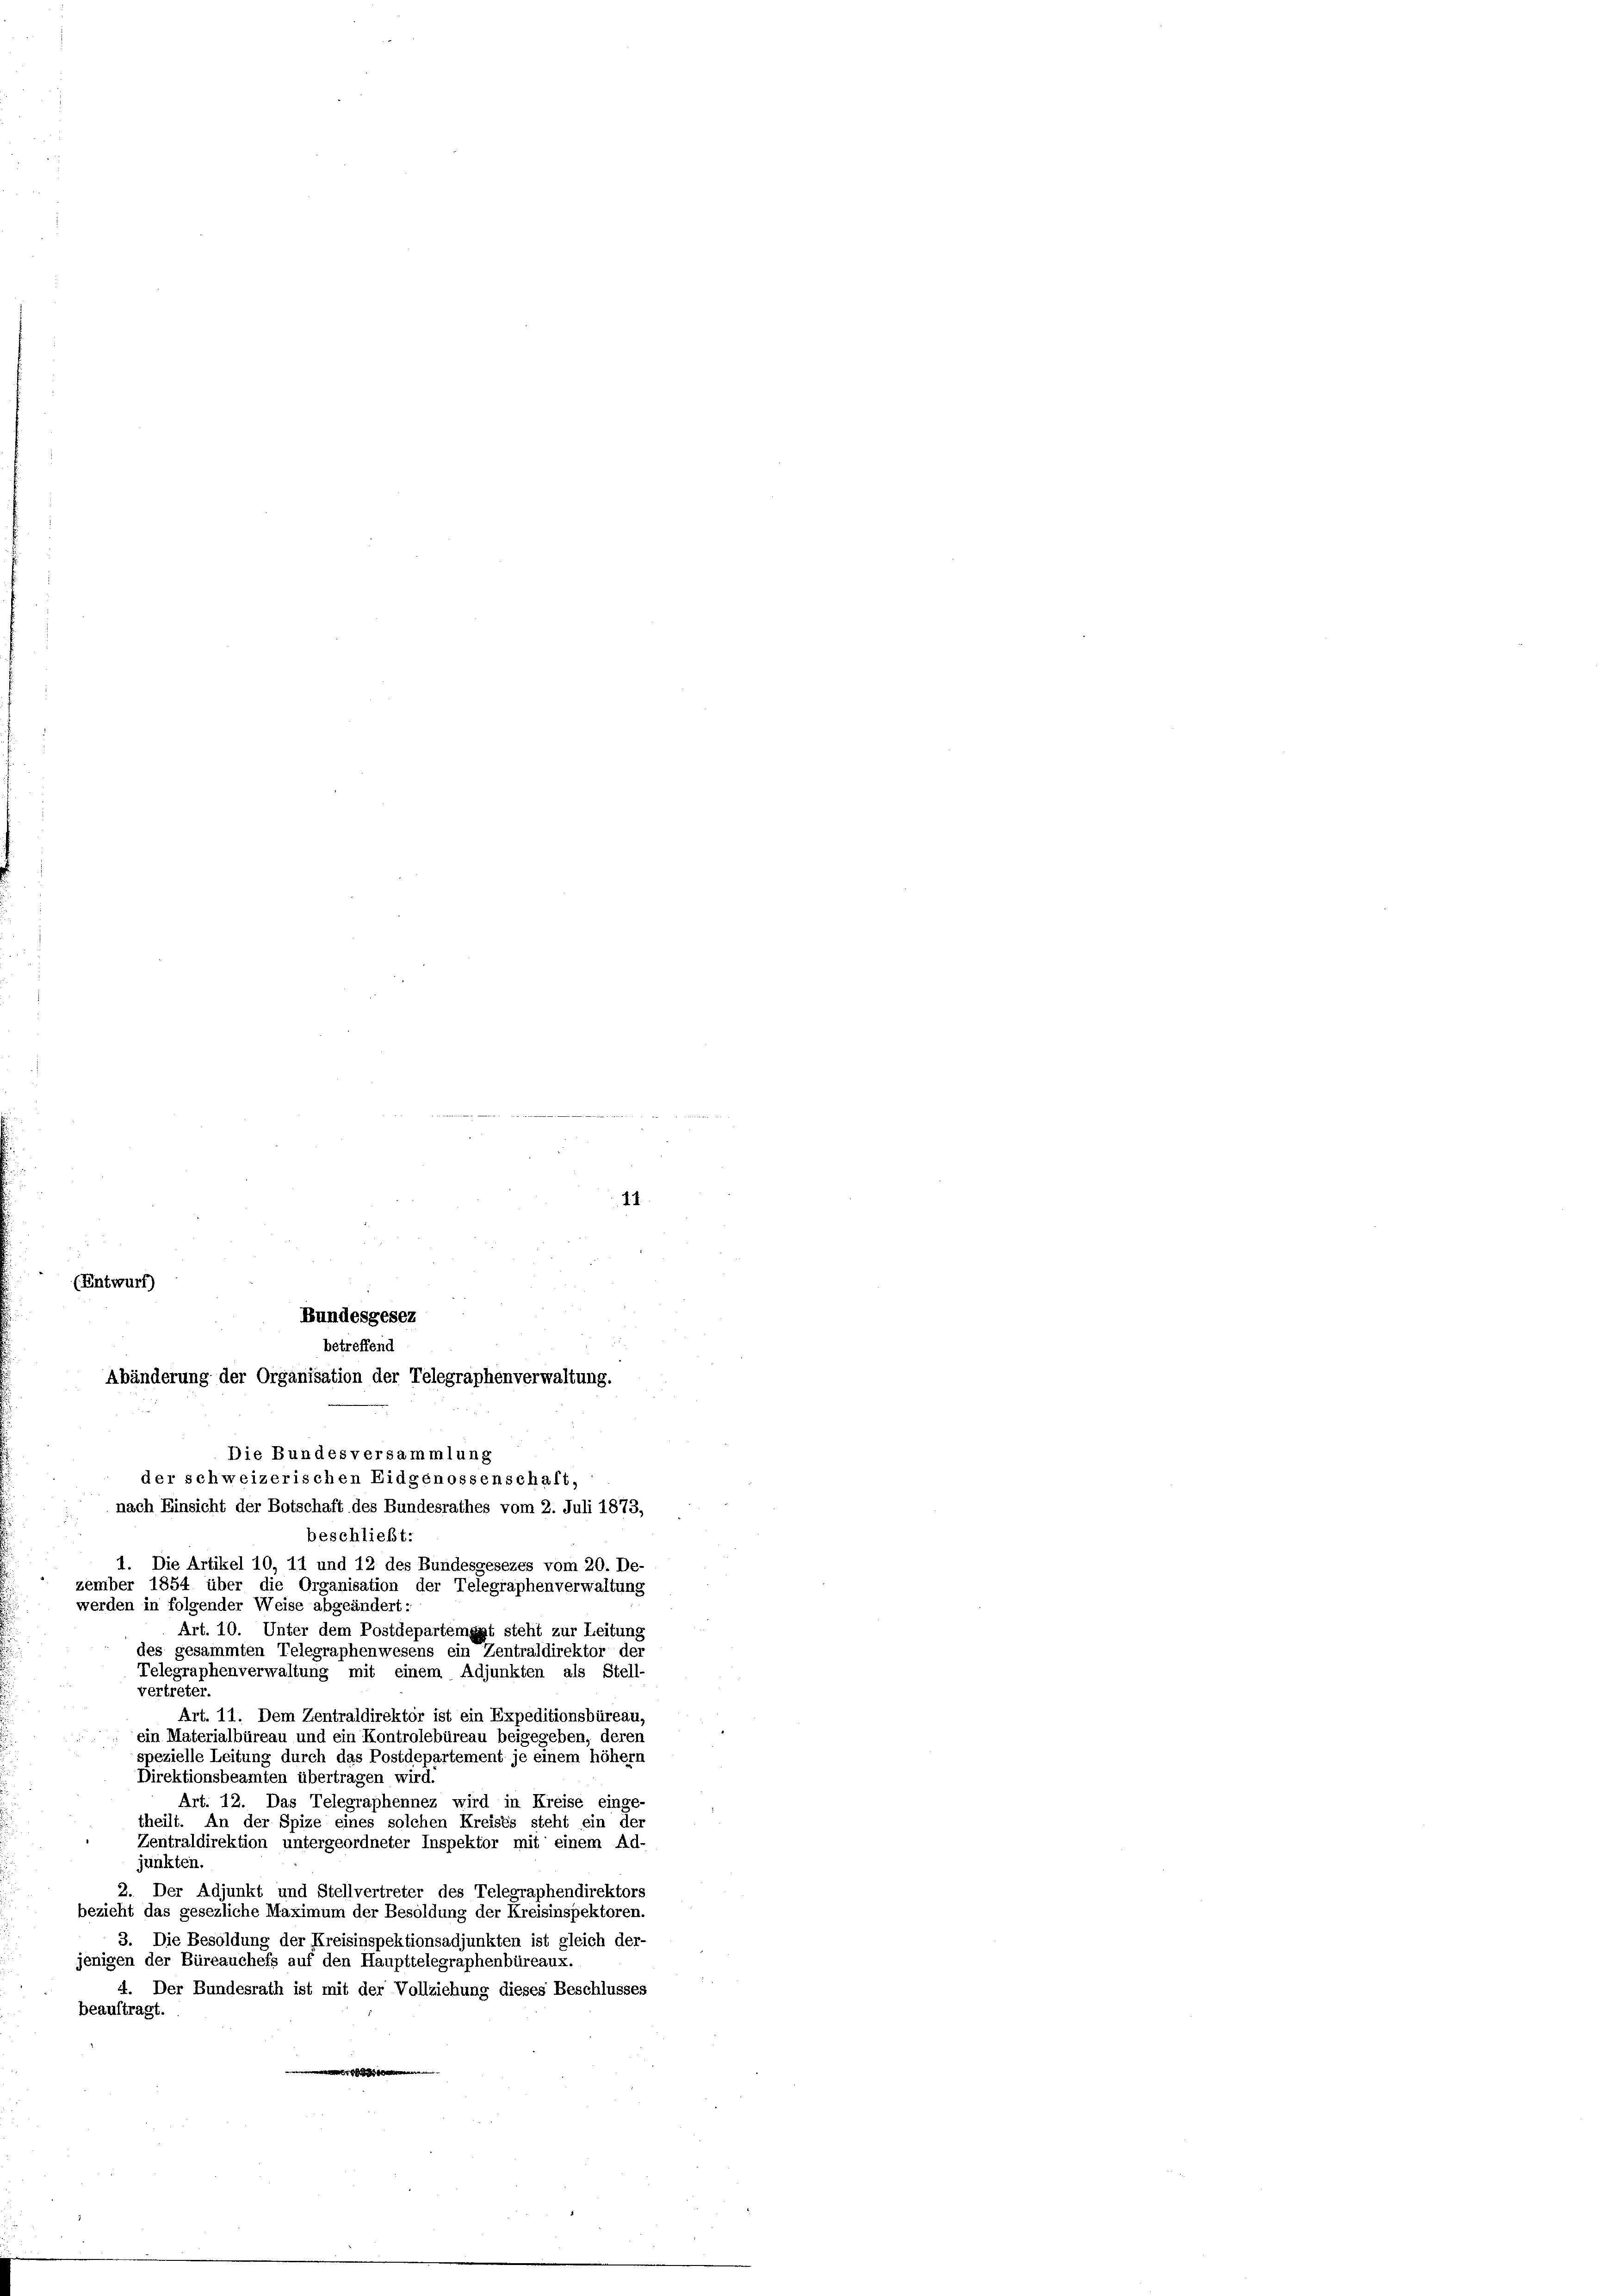
t

17.

(Entwurf)
Bundesgesez
betreffend
Abänderung der Organisation der Telegraphenverwaltung.
Die Bundesversammlung
der schweizerischen Eidgenossenschalt,
nach Einsicht der Botschaft des Bundesrathes vom 2. Juli 1873,

beschließt:
1. Die Artikel 10, 11 und 12 des Bundesgesezes vom 20. De-
zember 1854 über die Organisation der Telegraphenverwaltung
werden in folgender Weise abgeändert:
Art. 10. Unter dem Postdepartement steht zur Leitung
des gesammten Telegraphenwesens ein Zentraldirektor der
Telegraphenverwaltung mit einem Adjunkten als Stell-
vertreter
Art. 11. Dem Zentraldirektor ist ein Expeditionsbüreau.
ein Materialbüreau und ein Kontrolebüreau beigegeben, deren
spezielle Leitung durch das Postdepartement je einem höher
Direktionsbeamten übertragen wird
Art. 12. Das Telegraphennez wird in Kreise einge-
theilt. An der Spize eines solchen Kreises steht ein der
Zentraldirektion untergeordneter Inspektor mit einem Ad-
junkten.
2. Der Adjunkt und Stellvertreter des Telegraphendirektors
bezieht das gesezliche Maximum der Besoldung der Kreisinspektoren.
3. Die Besoldung der Kreisinspektionsadjunkten ist gleich der-
jenigen der Büreauchefs auf den Haupttelegraphenbüreaux.
4. Der Bundesrath ist mit der Vollziehung dieses Beschlusses
beauftragt.
h